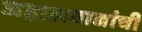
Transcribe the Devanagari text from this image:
जहालवाद्यांची